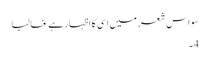
سو اس شعر میں اسی کا اظہار ہے غالبا
4۔